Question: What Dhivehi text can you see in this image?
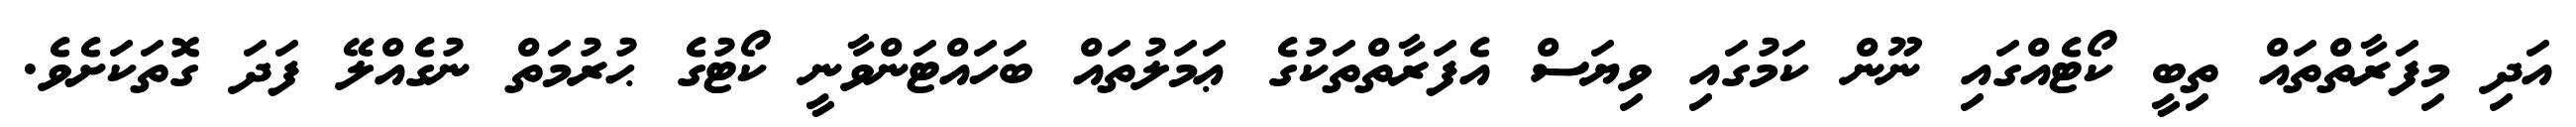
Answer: އަދި މިފަރާތްތައް ތިބީ ކޯޓެއްގައި ނޫން ކަމުގައި ވިޔަސް އެފަރާތްތަކުގެ ޢަމަލުތައް ބަހައްޓަންވާނީ ކޯޓުގެ ޙުރުމަތް ނުގެއްލޭ ފަދަ ގޮތަކަށެވެ.